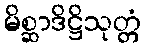
မိစ္ဆာဒိဋ္ဌိသုတ္တံ